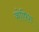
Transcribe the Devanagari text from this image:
कोषिश